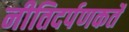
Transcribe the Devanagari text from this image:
नीतिदर्पणकर्ते